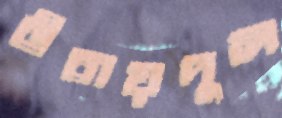
উবায়দুল